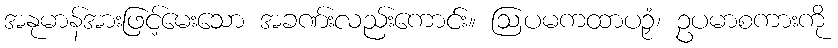
အနုမာန်အားဖြင့်မေးသော အခဏ်းလည်းကောင်း။ ဩပမကထာပဉှံ၊ ဥပမာစကားကို